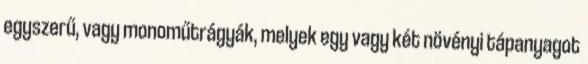
egyszerű, vagy monoműtrágyák, melyek egy vagy két növényi tápanyagot